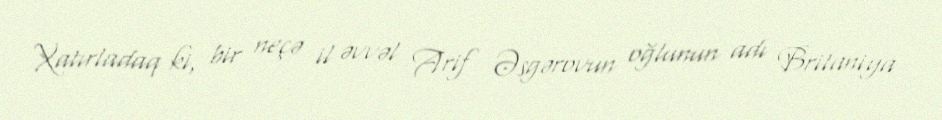
Xatırladaq ki, bir neçə il əvvəl Arif Əsgərovun oğlunun adı Britaniya